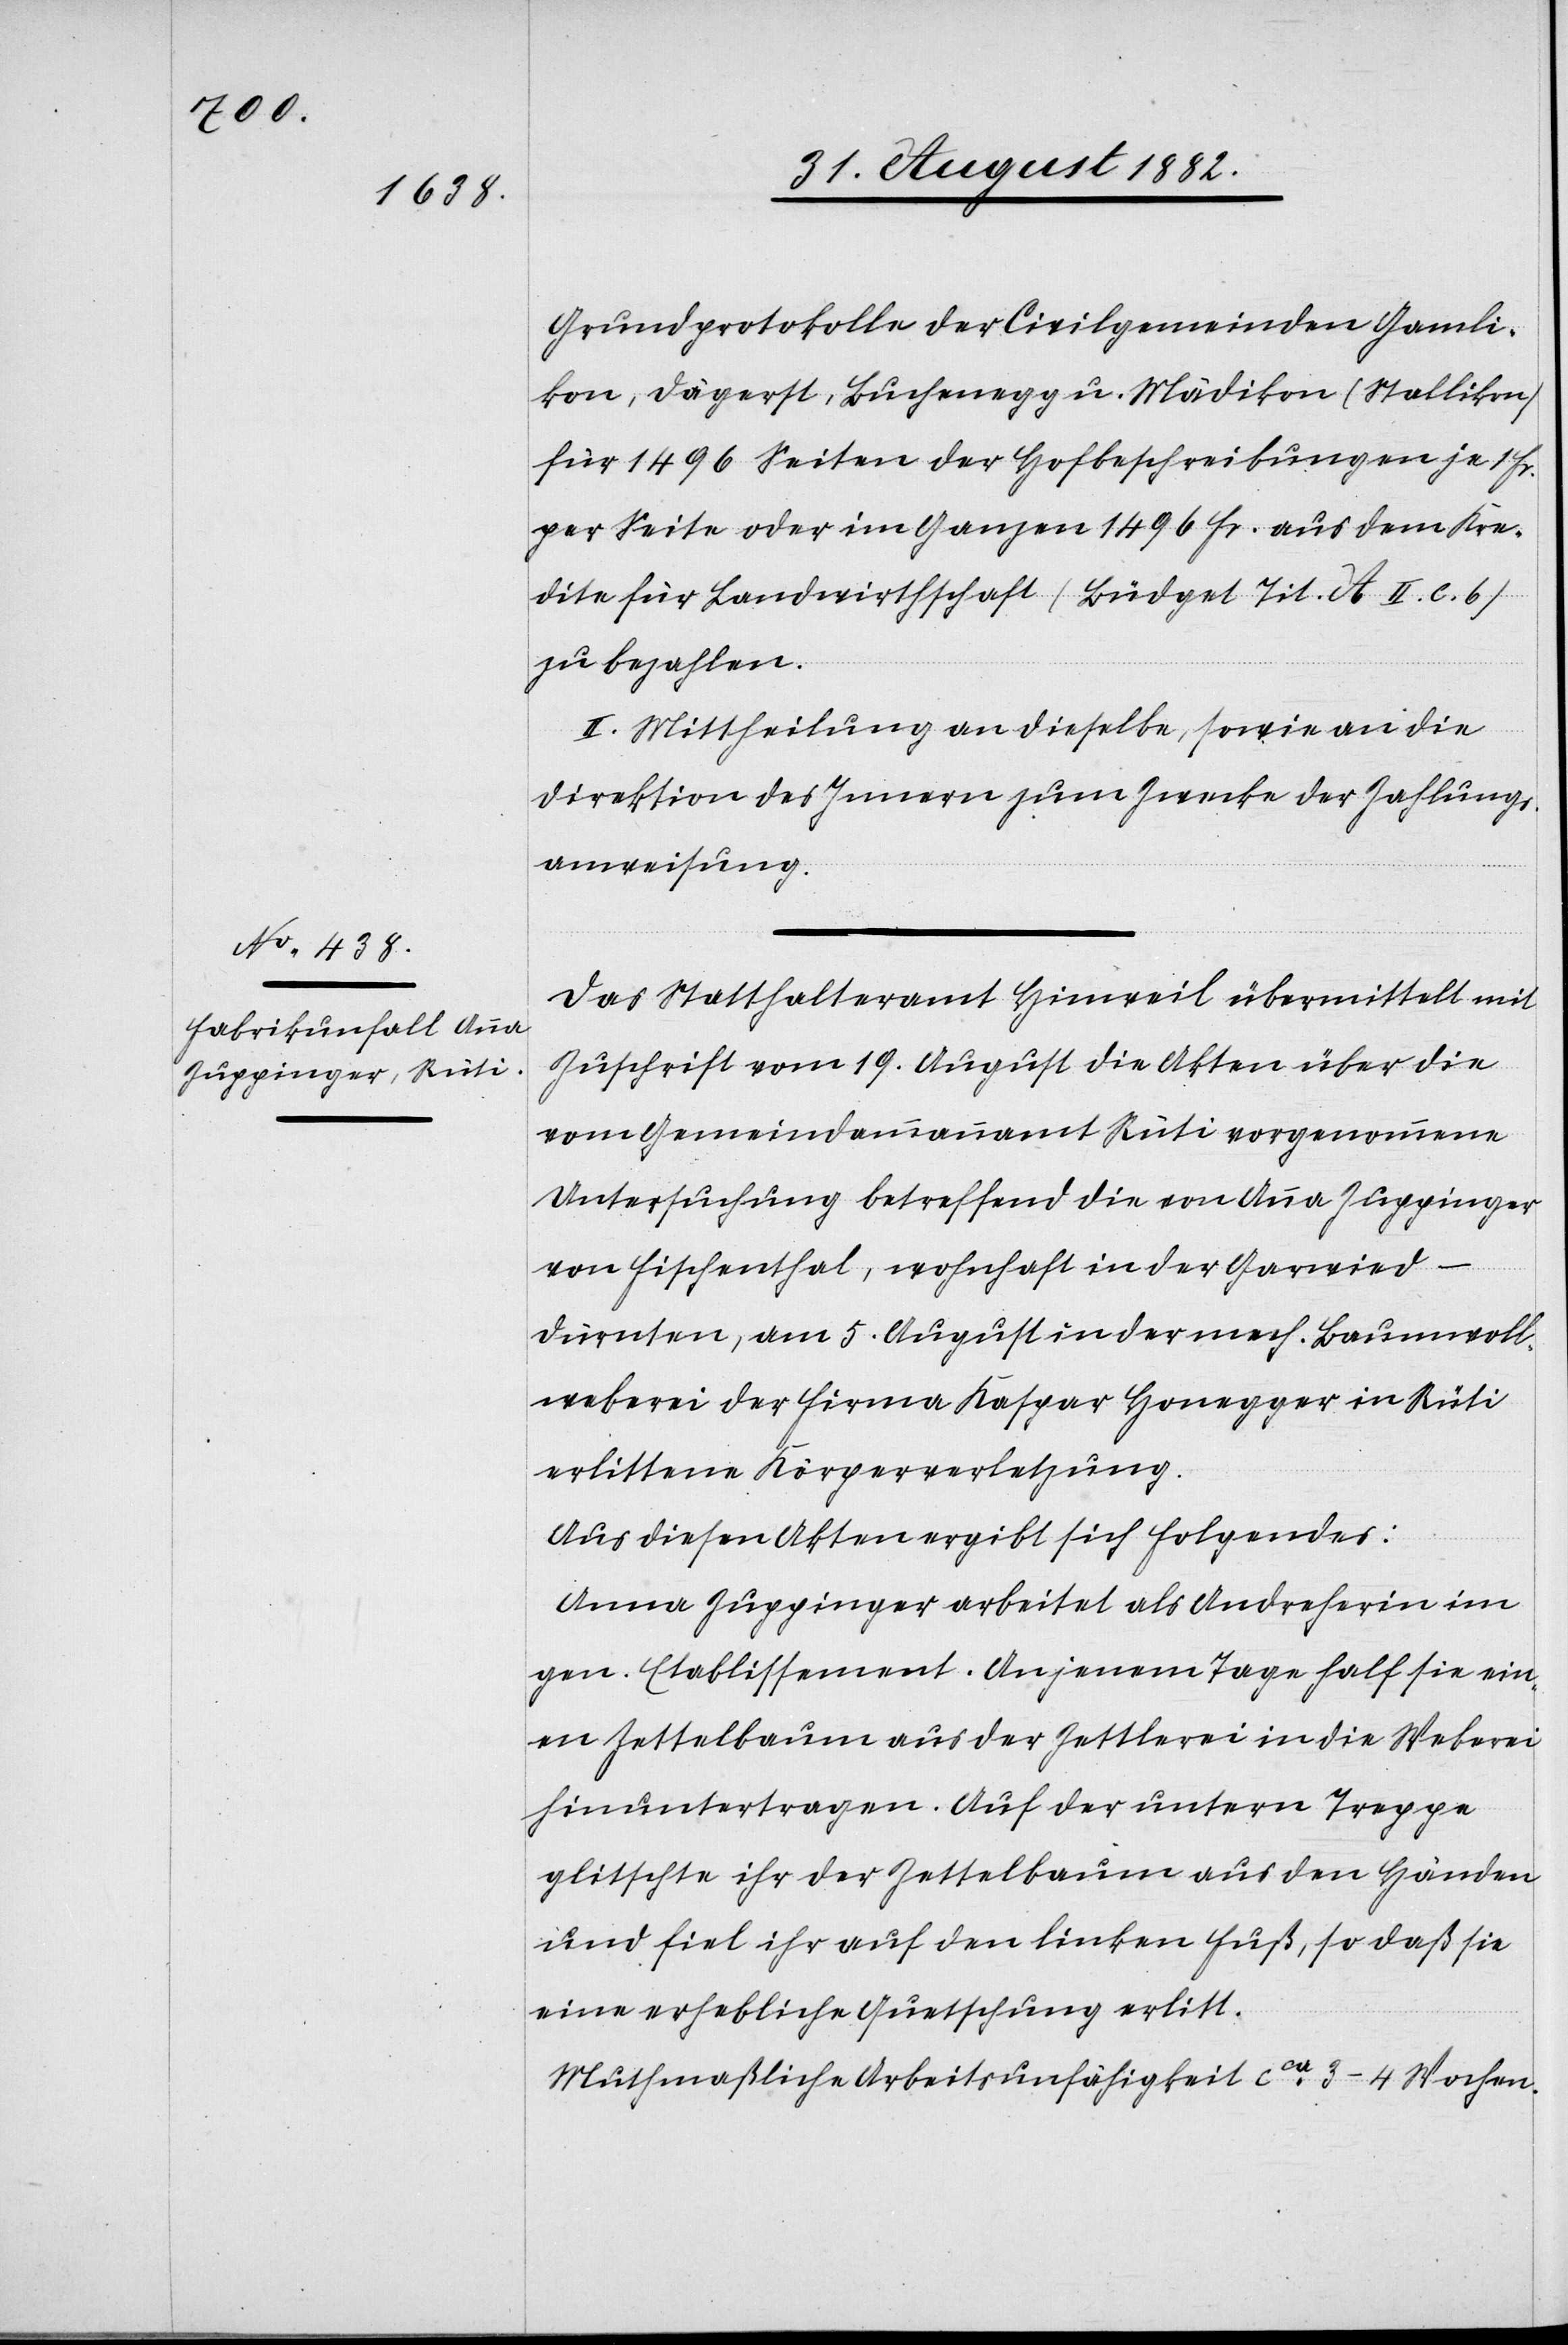
Grundprotokolle der Civilgemeinden Gamli¬
kon, Dägerst, Buchenegg u. Mädikon (Stallikon)
für 1496 Seiten der Hofbeschreibungen je 1 Fr.
per Seite oder im Ganzen 1496 Fr. aus dem Kre¬
dite für Landwirthschaft (Büdget Tit. a. II. c. 6)
zu bezahlen.
II. Mittheilung an dieselbe, sowie an die
Direktion des Innern zum Zwecke der Zahlungs¬
anweisung.
Das Statthalteramt Hinweil übermittelt mit
Zuschrift vom 19. August die Akten über die
vom Gemeindammannamt Rüti vorgenommene
Untersuchung betreffend die von Anna Zuppinger
von Fischenthal, wohnhaft in der Garwied
Dürnten, am 5. August in der mech. Baumwoll¬
weberei der Firma Kaspar Honegger in Rüti
erlittene Körperverletzung.
Aus diesen Akten ergibt sich Folgendes:
Anna Zuppinger arbeitet als Andreherin im
gen. Etablissement. An jenem Tage half sie ein¬
en Zettelbaum aus der Zettlerei in die Weberei
hinuntertragen. Auf der untern Treppe
glitschte ihr der Zettelbaum aus den Händen
und fiel ihr auf den linken Fuß, so daß sie
eine erhebliche Quetschung erlitt.
Muthmaßliche Arbeitsunfähigkeit ca 3–4 Wochen.